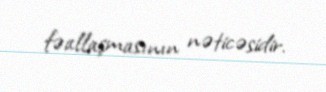
fəallaşmasının nəticəsidir.